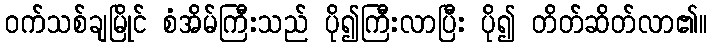
ဝက်သစ်ချမြိုင် စံအိမ်ကြီးသည် ပို၍ကြီးလာပြီး ပို၍ တိတ်ဆိတ်လာ၏။